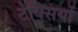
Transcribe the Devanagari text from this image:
टेक्सियों